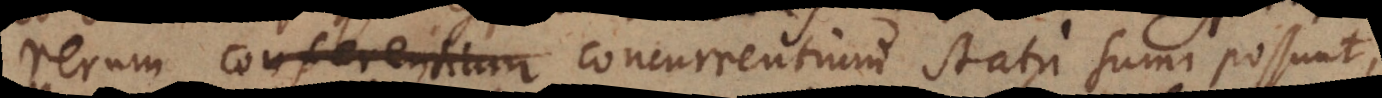
rerum conferentium concurrentium statu sumi possunt,